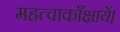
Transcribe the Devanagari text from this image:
महत्वाकाँक्षायें।